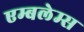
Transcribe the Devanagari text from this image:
एम्बलेम्स